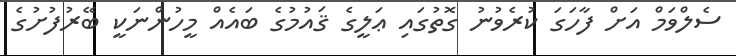
ސެލްވަމް އަށް ފާހަގަ ކުރެވުނު ގޮތުގައި ޢަލީގެ ޤައުމުގެ ބައެއް މީހުންނަކީ ބޭރުފުށުގެ